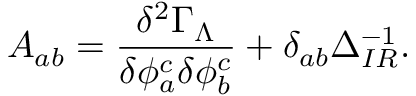
A _ { a b } = \frac { \delta ^ { 2 } \Gamma _ { \Lambda } } { \delta \phi _ { a } ^ { c } \delta \phi _ { b } ^ { c } } + \delta _ { a b } \Delta _ { I R } ^ { - 1 } .